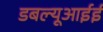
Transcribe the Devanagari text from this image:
डबल्यूआईई